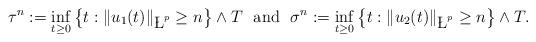
LaTeX: \begin{align*}\tau^n:=\inf_{t\geq 0}\left\{t:\|u_1(t)\|_{\L^p}\geq n\right\}\wedge T\ \mbox{ and }\ \sigma^n:=\inf_{t\geq 0}\left\{t:\|u_2(t)\|_{\L^p}\geq n\right\}\wedge T. \end{align*}